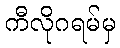
ကီလိုဂရမ်မှ